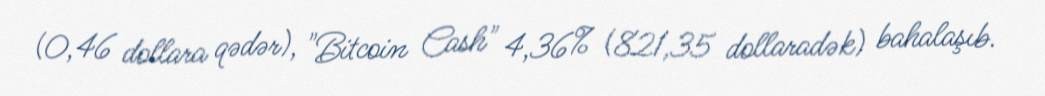
(0,46 dollara qədər), "Bitcoin Cash" 4,36% (821,35 dollaradək) bahalaşıb.